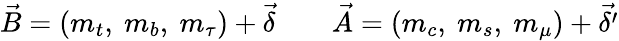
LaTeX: \vec{B}=(m_{t},\ m_{b},\ m_{\tau})+\vec{\delta}\qquad\vec{A}=(m_{c},\ m_{s},\ m_{\mu})+\vec{\delta^{\prime}}